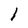
Character: l